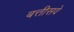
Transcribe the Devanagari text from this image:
बत्तीसवे